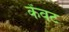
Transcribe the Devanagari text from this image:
केंवट